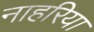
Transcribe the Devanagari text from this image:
नाहरिया